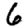
Digit: 6